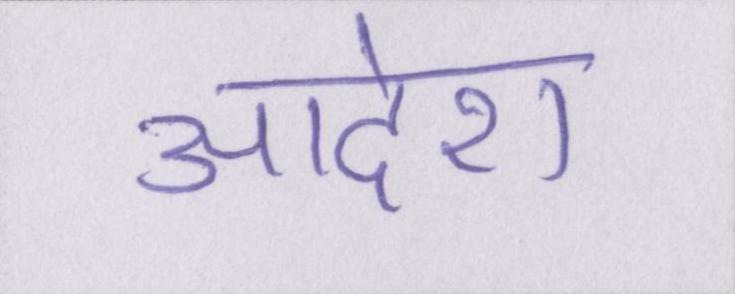
आदेश